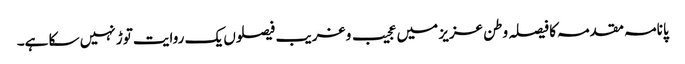
پانامہ مقدمہ کا فیصلہ وطن عزیز میں عجیب و غریب فیصلوں یک روایت توڑ نہیں سکا ہے۔